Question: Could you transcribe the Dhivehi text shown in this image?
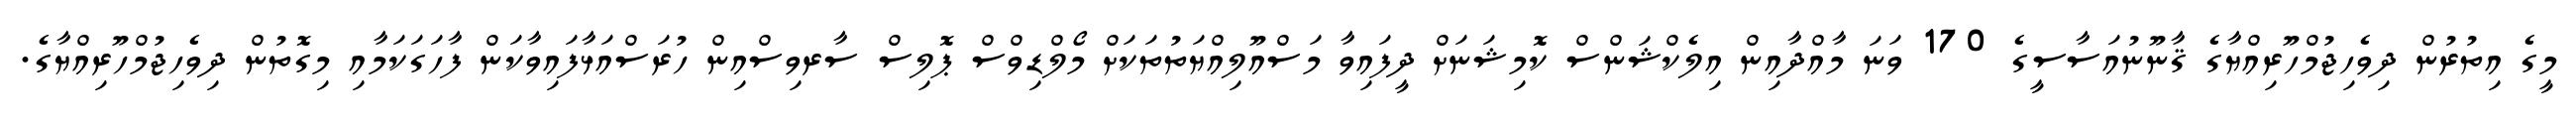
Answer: މީގެ އިތުރުން ދިވެހިޖުމްހޫރިއްޔާގެ ޤާނޫނުއަސާސީގެ 170 ވަނަ މާއްދާއިން އިލެކްޝަންސް ކޮމިޝަނަށް ދީފައިވާ މަސްއޫލިއްޔަތުތަކަށް މޯލްޑިވްސް ޕޮލިސް ސާރވިސްއިން ހުރަސްއަޅާފައިވާކަން ފާހަގަކަމާއި މިގޮތުން ދިވެހިޖުމްހޫރިއްޔާގެ.